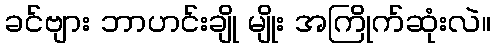
ခင်ဗျား ဘာဟင်းချို မျိုး အကြိုက်ဆုံးလဲ။